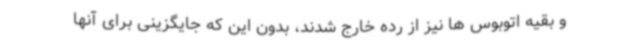
و بقیه اتوبوس ها نیز از رده خارج شدند، بدون این که جایگزینی برای آنها